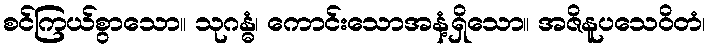
စင်ကြယ်စွာသော။ သုဂန္ဓံ၊ ကောင်းသောအနံ့ရှိသော။ အဇိနူပသေဝိတံ၊